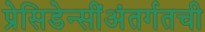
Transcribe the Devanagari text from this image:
प्रेसिडेन्सींअंतर्गतची